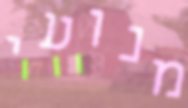
מנועי